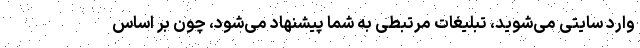
وارد سایتی می‌شوید، تبلیغات مرتبطی به شما پیشنهاد می‌شود، چون بر اساس